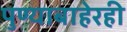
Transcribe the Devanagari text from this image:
पुण्याबाहेरही